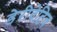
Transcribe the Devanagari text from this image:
डेरीवेटिव